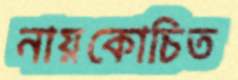
নায়কোচিত